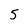
Character: 5